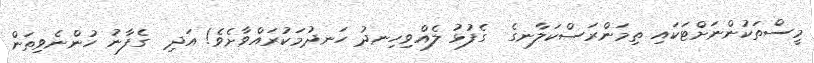
މީސްތަކުންނަށްޓަކައި ތިމަންރަސްކަލާނގެ  ގެފުޅު ލެއްވިހިނދު ހަނދުމަކުރައްވާށެވެ! އަދި  ގެފާނު ހުންނެވިތަން